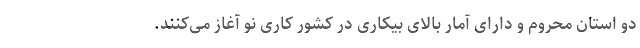
دو استان محروم و دارای آمار بالای بیکاری در کشور کاری نو آغاز می‌کنند.